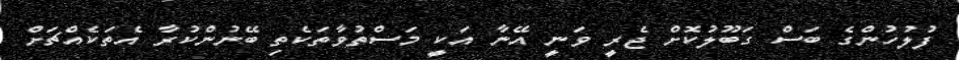
ފުލުހުންގެ ބަސް ގަބޫލުކޮށް ޖެރީ ވަނީ އޭނާ އަކީ މަސްތުވާތަކެތި ބޭނުންކުރާ އެތަކެއްޗަށް